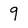
Character: q